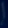
x